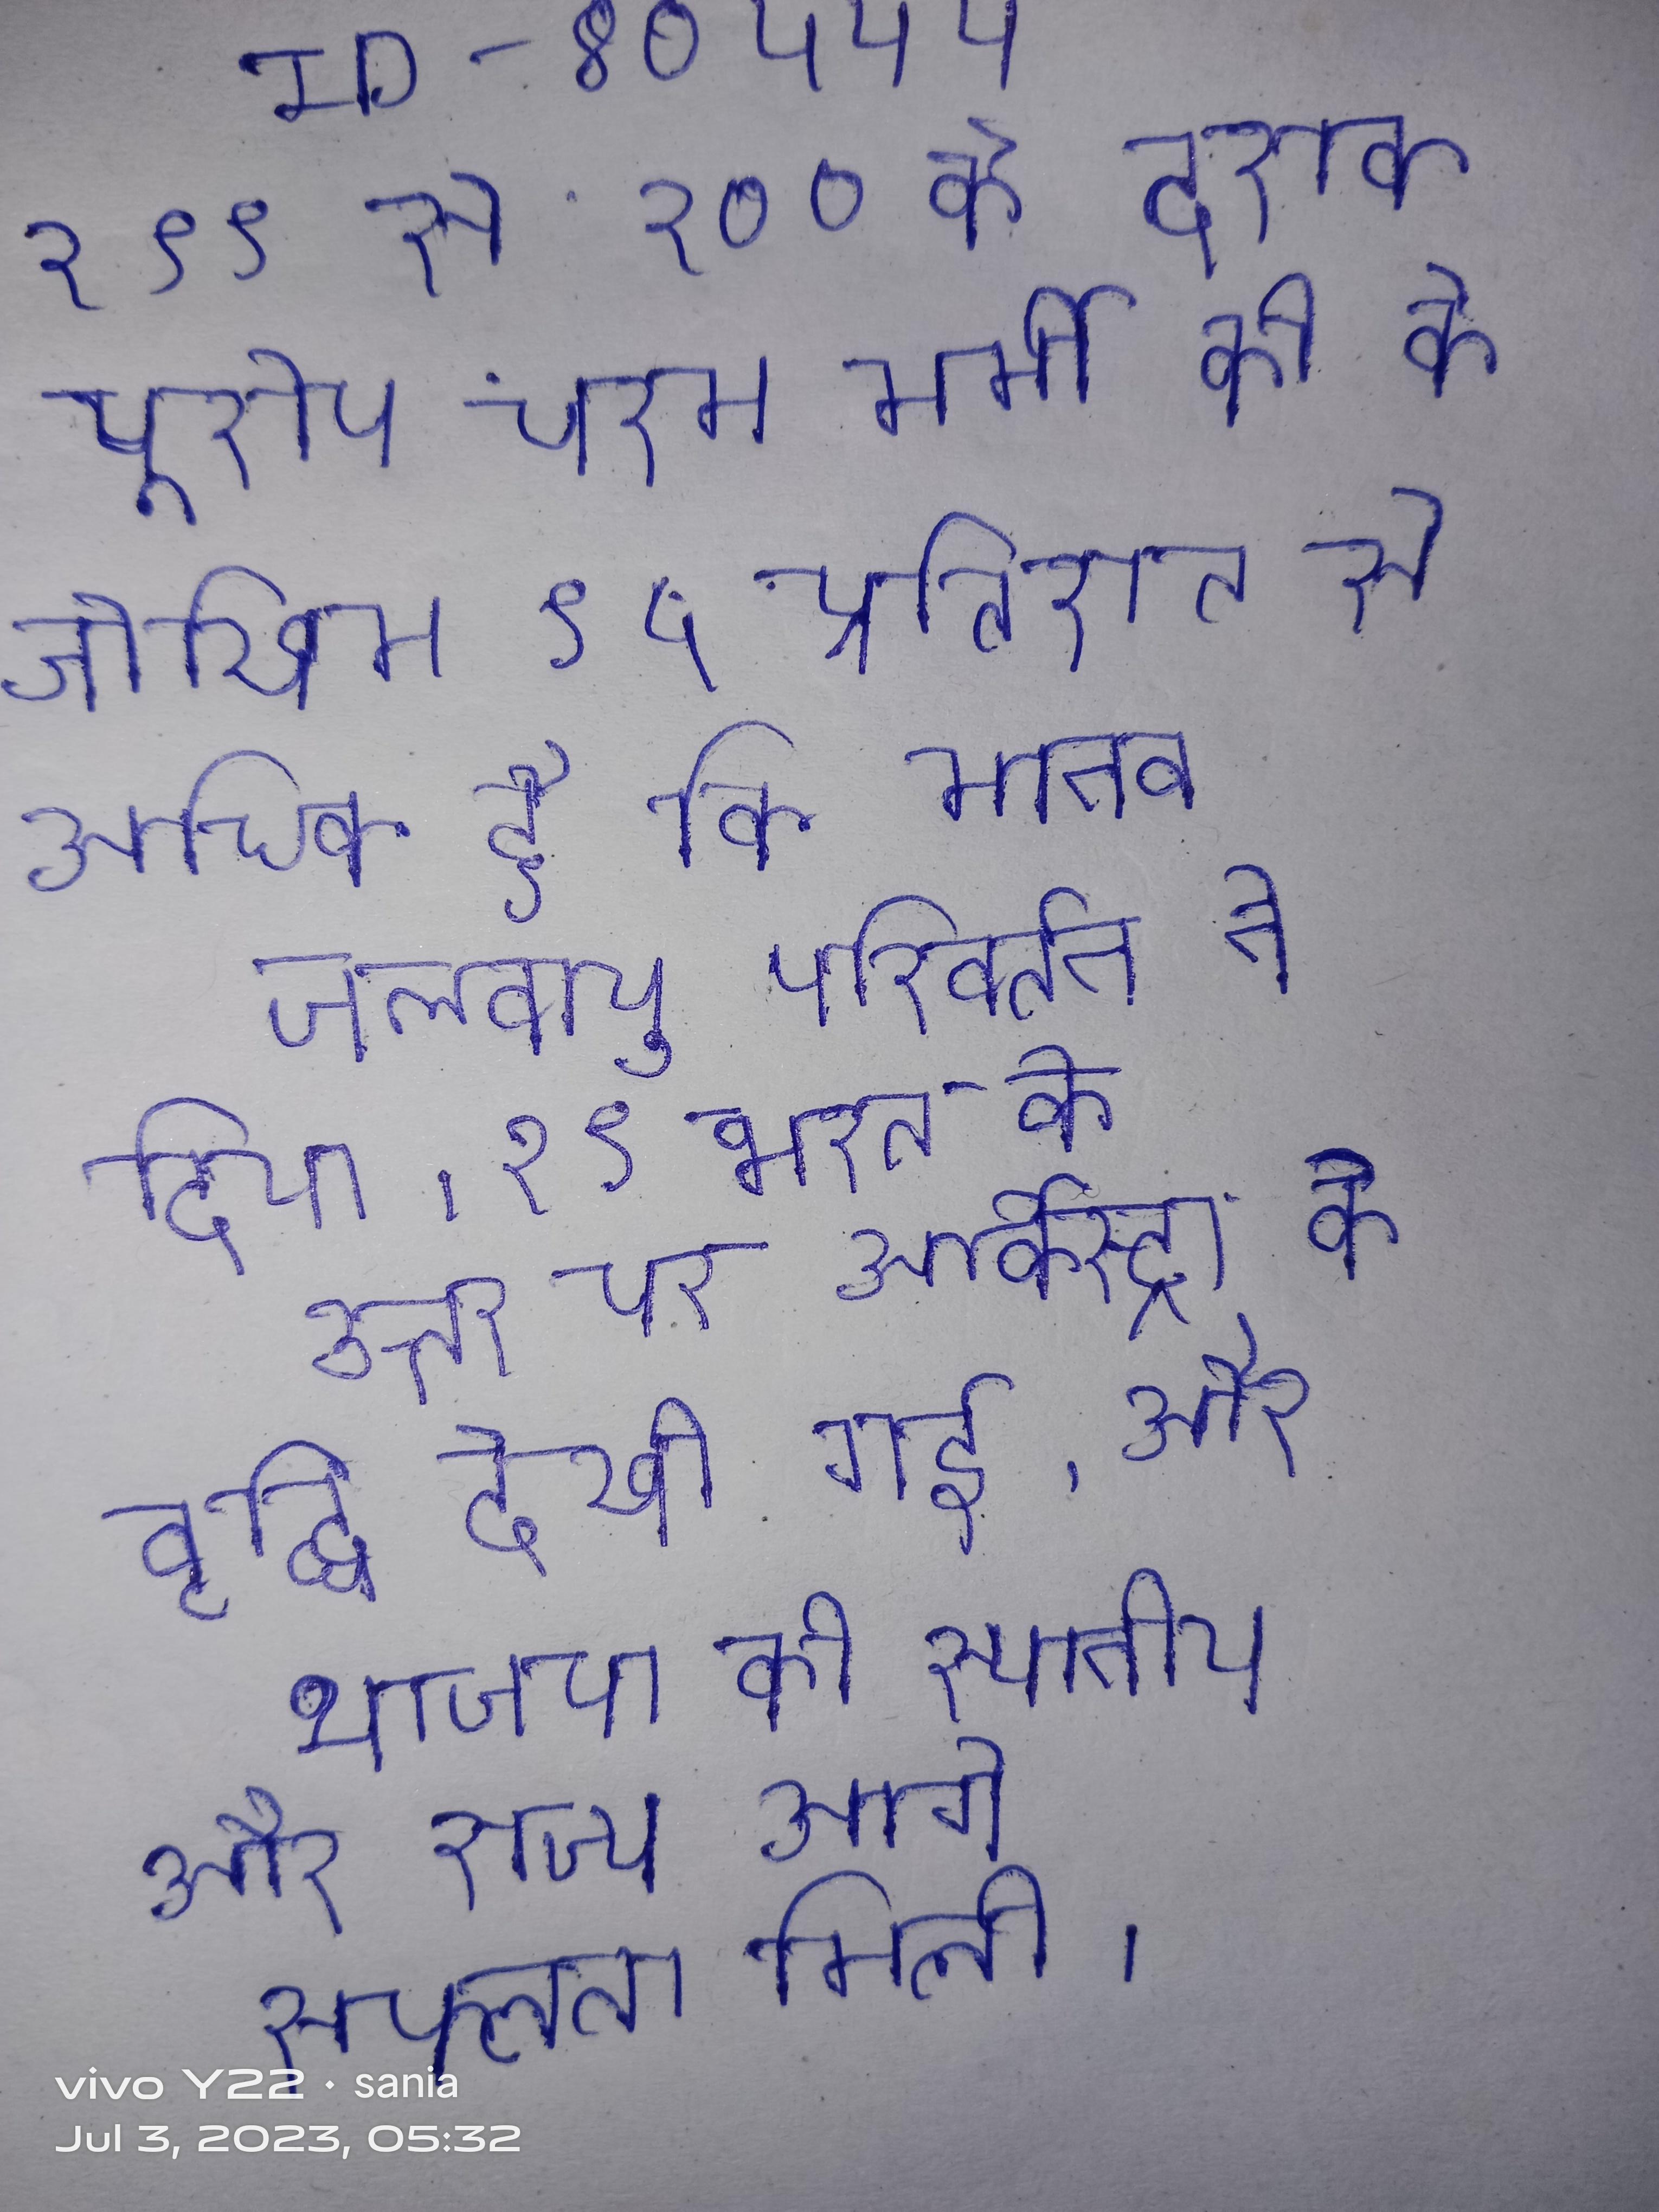
१ ९९ से २०० के दशक यूरोप चरम गर्मी की के जोखिम ९ ५ प्रतिशत से अधिक है कि मानव जलवायु परिवर्तन ने दिया । १९ भारत के उत्तर पर आर्केस्ट्रा के वृद्धि देखी गई, और भाजपा को स्थानीय और राज्य आगे सफलता मिली ।